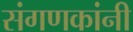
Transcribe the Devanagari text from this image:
संगणकांनी